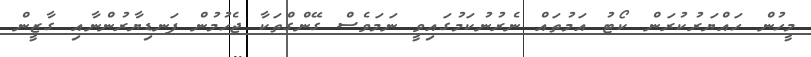
މީހުން ހައްޔަރުކުރަން ކޯޓު އަމުތައް ނެރުނުކަމުގައިވީ ނަމަވެސް ގޭންގްތަކާ ޖެހުމުން ފަނޑިޔާރުންނާއި ގާޒީން